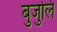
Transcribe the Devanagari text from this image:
बुजुलि